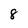
Character: 8